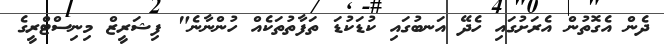
ދެން އެގޮތުން އެރަށުގައި ހެދޭ އަނބުގައި ކުޑަކުޑަ ތަފާތުތަކެއް ހުންނާނެ" ފިޝަރީޒް މިނިސްޓްރީގެ